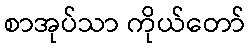
စာအုပ်သာ ကိုယ်တော်